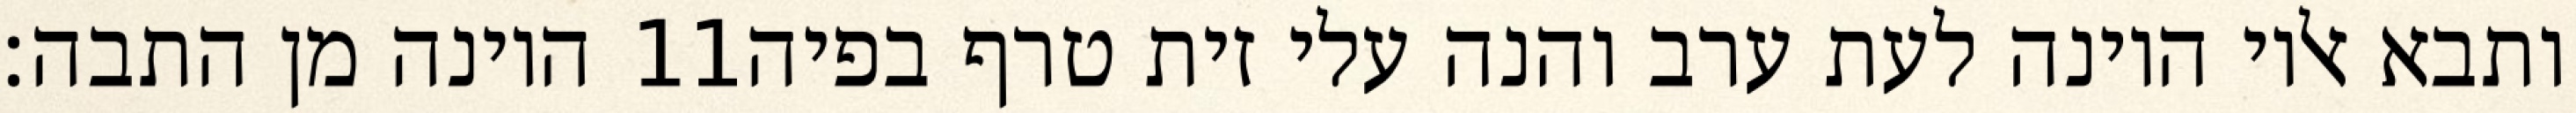
היונה מן התבה׃ ‎11‏ ותבא אליו היונה לעת ערב והנה עלי זית טרף בפיה